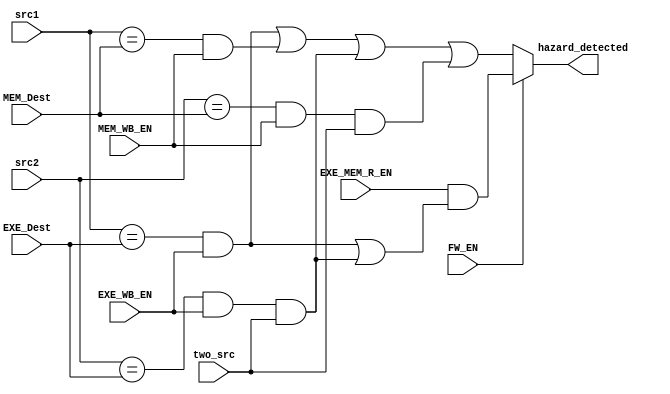
module HazardDetectionUnit(FW_EN, two_src, src1, src2, EXE_Dest, EXE_WB_EN, MEM_Dest, MEM_WB_EN, EXE_MEM_R_EN, hazard_detected);

input[3:0] src1, src2, EXE_Dest, MEM_Dest;
input FW_EN, two_src, EXE_WB_EN, MEM_WB_EN, EXE_MEM_R_EN;
output hazard_detected;

wire type1, type2, type3, type4;

assign type1 = (src1==EXE_Dest) & EXE_WB_EN;
assign type2 = (src1==MEM_Dest) & MEM_WB_EN;
assign type3 = (src2==EXE_Dest) & EXE_WB_EN & two_src;
assign type4 = (src2==MEM_Dest) & MEM_WB_EN & two_src;

assign hazard_detected = FW_EN ? (EXE_MEM_R_EN & (type1 || type3)) : (type1 || type2 || type3 || type4);
endmodule